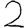
Digit: 2